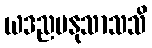
ယဒညမနုသာသသိ